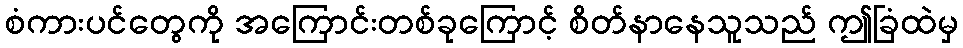
စံကားပင်တွေကို အကြောင်းတစ်ခုကြောင့် စိတ်နာနေသူသည် ဤခြံထဲမှ